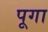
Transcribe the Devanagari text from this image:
पूगा